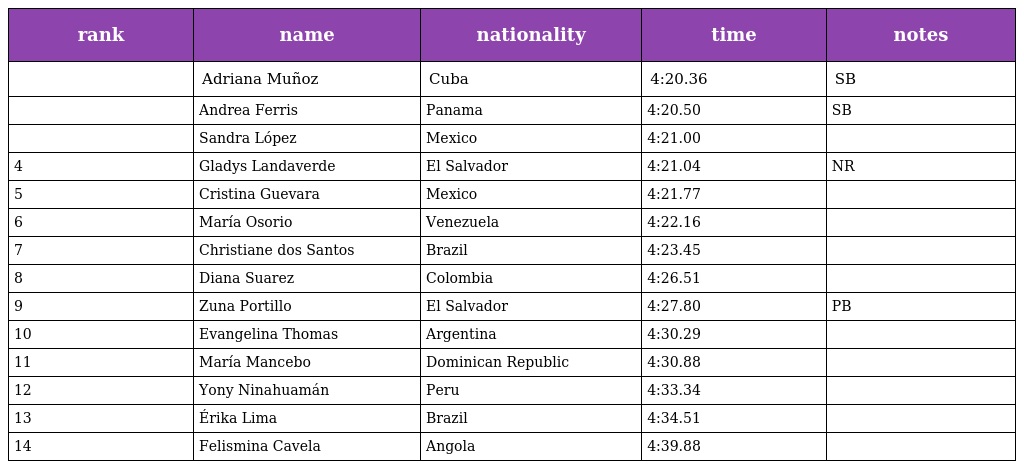
| rank | name | nationality | time | notes |
 | --- | --- | --- | --- | --- |
 |  | Adriana Muñoz | Cuba | 4:20.36 | SB |
 |  | Andrea Ferris | Panama | 4:20.50 | SB |
 |  | Sandra López | Mexico | 4:21.00 |  |
 | 4 | Gladys Landaverde | El Salvador | 4:21.04 | NR |
 | 5 | Cristina Guevara | Mexico | 4:21.77 |  |
 | 6 | María Osorio | Venezuela | 4:22.16 |  |
 | 7 | Christiane dos Santos | Brazil | 4:23.45 |  |
 | 8 | Diana Suarez | Colombia | 4:26.51 |  |
 | 9 | Zuna Portillo | El Salvador | 4:27.80 | PB |
 | 10 | Evangelina Thomas | Argentina | 4:30.29 |  |
 | 11 | María Mancebo | Dominican Republic | 4:30.88 |  |
 | 12 | Yony Ninahuamán | Peru | 4:33.34 |  |
 | 13 | Érika Lima | Brazil | 4:34.51 |  |
 | 14 | Felismina Cavela | Angola | 4:39.88 |  |